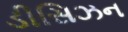
ડીસિઝન